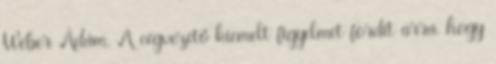
Wéber Ádám. A cégvezetô kiemelt figyelmet fordít arra, hogy